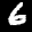
Label: 6